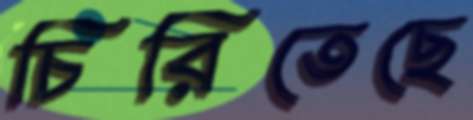
চিরিতেছে